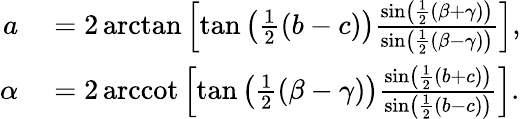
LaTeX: \begin{array}{rl}{a}&{{}=2\arctan\left[\tan\left({\frac{1}{2}}(b-c)\right){\frac{\sin\left({\frac{1}{2}}(\beta+\gamma)\right)}{\sin\left({\frac{1}{2}}(\beta-\gamma)\right)}}\right],}\\ {\alpha}&{{}=2\operatorname{arccot}\left[\tan\left({\frac{1}{2}}(\beta-\gamma)\right){\frac{\sin\left({\frac{1}{2}}(b+c)\right)}{\sin\left({\frac{1}{2}}(b-c)\right)}}\right].}\end{array}